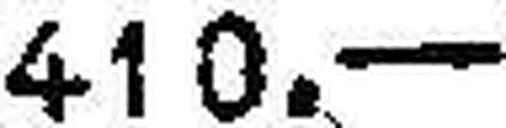
410.—